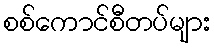
စစ်ကောင်စီတပ်များ